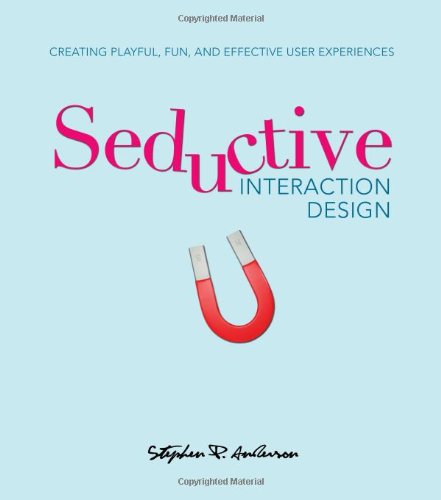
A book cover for Seductive Interaction Design: Creating Playful, Fun, and Effective User Experiences (Voices That Matter); Stephen P. Anderson; Computers & Technology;